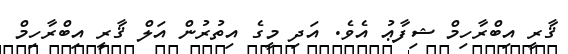
ޤާރީ އިބްރާހިމް ޝިފާޢު އެވެ. އަދި މީގެ އިތުރުން އަލް ޤާރީ އިބްރާހިމް